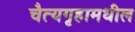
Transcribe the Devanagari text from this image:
चैत्यगृहामधील